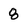
Character: 8